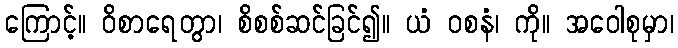
ကြောင့်။ ဝိစာရေတွာ၊ စိစစ်ဆင်ခြင်၍။ ယံ ဝစနံ၊ ကို။ အဝေါစုမှာ၊